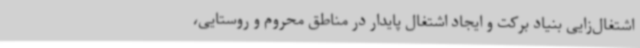
اشتغال‌زایی بنیاد برکت و ایجاد اشتغال پایدار در مناطق محروم و روستایی،